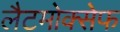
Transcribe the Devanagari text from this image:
लैटमोक्सेफ